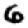
Digit: 6